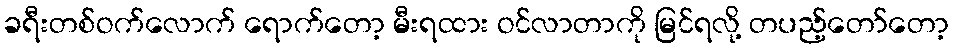
ခရီးတစ်ဝက်လောက် ရောက်တော့ မီးရထား ဝင်လာတာကို မြင်ရလို့ တပည့်တော်တော့